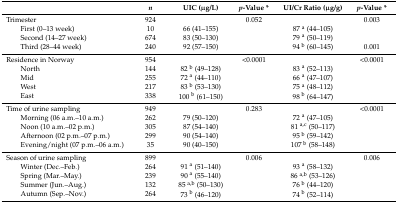
|  | n | UIC (μg/L) | p-Value * | UI/Cr Ratio (μg/g) | p-Value * |
 | --- | --- | --- | --- | --- | --- |
 | Trimester | 924 |  | 0.052 |  | 0.003 |
 | First (0–13 week) | 10 | 66 (41–155) |  | 87 a (44–105) |  |
 | Second (14–27 week) | 674 | 83 (50–130) |  | 79 a (50–119) |  |
 | Third (28–44 week) | 240 | 92 (57–150) |  | 94 b (60–145) | 0.001 |
 | Residence in Norway | 954 |  | <0.0001 |  | <0.0001 |
 | North | 144 | 82 b (49–128) |  | 83 a (52–113) |  |
 | Mid | 255 | 72 a (44–110) |  | 66 a (47–107) |  |
 | West | 217 | 83 b (53–130) |  | 75 a (48–112) |  |
 | East | 338 | 100 b (61–150) |  | 98 b (64–147) |  |
 | Time of urine sampling | 949 |  | 0.283 |  | <0.0001 |
 | Morning (06 a.m.–10 a.m.) | 262 | 79 (50–120) |  | 72 a (47–105) |  |
 | Noon (10 a.m.–02 p.m.) | 305 | 87 (54–140) |  | 81 a,c (50–117) |  |
 | Afternoon (02 p.m.–07 p.m.) | 299 | 90 (54–140) |  | 95 b (59–142) |  |
 | Evening/night (07 p.m.–06 a.m.) | 35 | 90 (40–150) |  | 107 b (58–148) |  |
 | Season of urine sampling | 899 |  | 0.006 |  | 0.006 |
 | Winter (Dec.–Feb.) | 264 | 91 a (51–140) |  | 93 a (58–132) |  |
 | Spring (Mar.–May.) | 239 | 90 a (55–140) |  | 86 a,b (53–126) |  |
 | Summer (Jun.–Aug.) | 132 | 85 a,b (50–130) |  | 76 b (44–120) |  |
 | Autumn (Sep.–Nov.) | 264 | 73 b (46–120) |  | 74 b (52–114) |  |